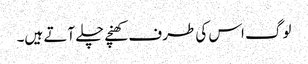
لوگ اس کی طرف کھنچے چلے آتے ہیں۔